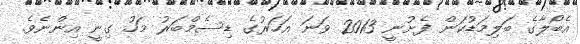
އެބޯލާގެ ބަލިމަޑުކަން ފެށުނީ 2013 ވަނަ އަހަރުގެ ޑިސެމްބަރު މަހު ގިނީ އިންނެވެ.